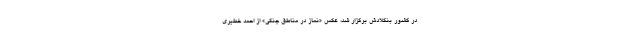
در کشور بنگلادش برگزار شد، عکس «نماز در مناطق جنگی» از احمد خطیری